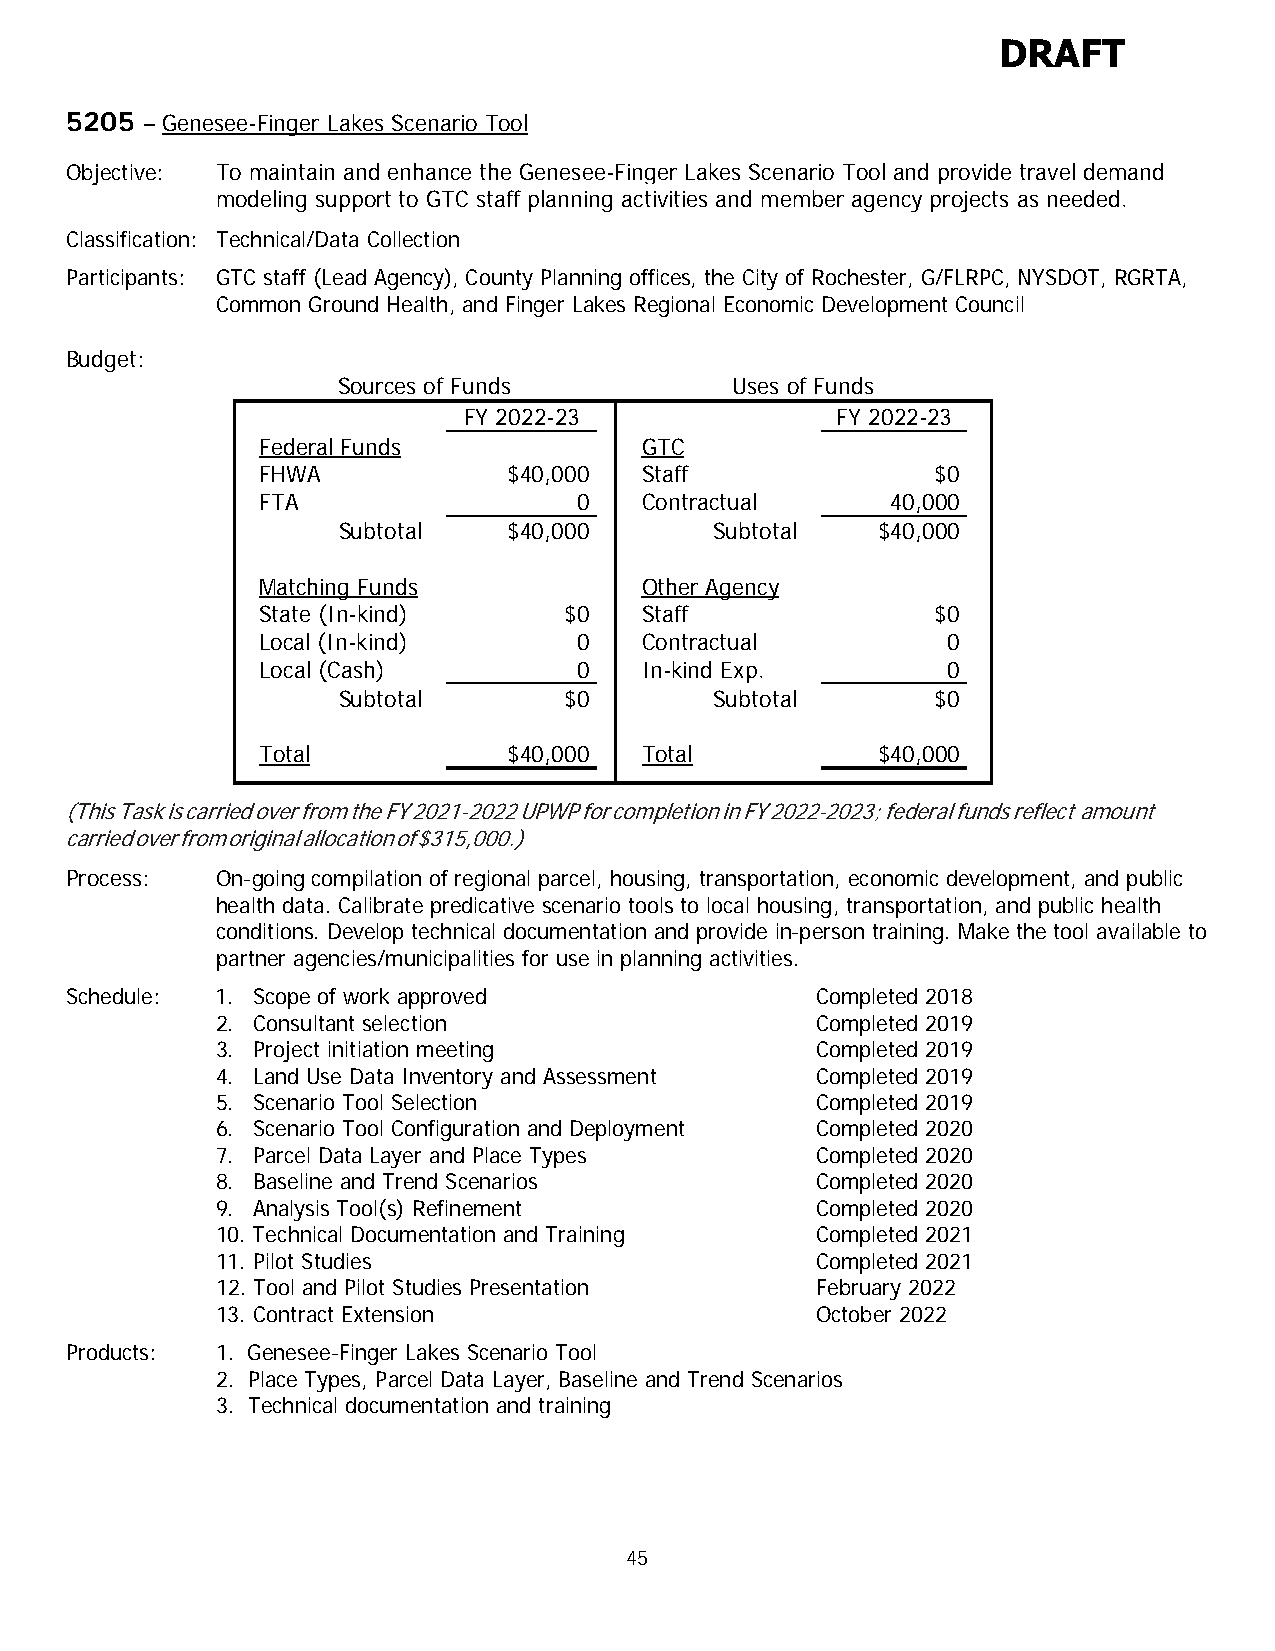
DRAFT
 5205 – Genesee-Finger Lakes Scenario Tool
 Objective: To maintain and enhance the Genesee-Finger Lakes Scenario Tool and provide travel demand
 modeling support to GTC staff planning activities and member agency projects as needed.
 Classification: Technical/Data Collection
 Participants: GTC staff (Lead Agency), County Planning offices, the City of Rochester, G/FLRPC, NYSDOT, RGRTA,
 Common Ground Health, and Finger Lakes Regional Economic Development Council
 Budget:
 Sources of Funds          Uses of Funds
 FY 2022-23              FY 2022-23
 Federal Funds            GTC
 FHWA             $40,000 Staff               $0
 FTA                  0   Contractual      40,000
 Subtotal    $40,000      Subtotal   $40,000
 Matching Funds           Other Agency
 State (In-kind)     $0   Staff               $0
 Local (In-kind)      0   Contractual          0
 Local (Cash)         0   In-kind Exp.         0
 Subtotal       $0        Subtotal       $0
 Total            $40,000 Total           $40,000
 (This Task is carried over from the FY 2021-2022 UPWP for completion in FY 2022-2023; federal funds reflect amount
 carried over from original allocation of $315,000.)
 Process:  On-going compilation of regional parcel, housing, transportation, economic development, and public
 health data. Calibrate predicative scenario tools to local housing, transportation, and public health
 conditions. Develop technical documentation and provide in-person training. Make the tool available to
 partner agencies/municipalities for use in planning activities.
 Schedule: 1. Scope of work approved               Completed 2018
 2. Consultant selection                 Completed 2019
 3. Project initiation meeting           Completed 2019
 4. Land Use Data Inventory and Assessment Completed 2019
 5. Scenario Tool Selection              Completed 2019
 6. Scenario Tool Configuration and Deployment Completed 2020
 7. Parcel Data Layer and Place Types    Completed 2020
 8. Baseline and Trend Scenarios         Completed 2020
 9. Analysis Tool(s) Refinement          Completed 2020
 10. Technical Documentation and Training Completed 2021
 11. Pilot Studies                       Completed 2021
 12. Tool and Pilot Studies Presentation February 2022
 13. Contract Extension                  October 2022
 Products: 1. Genesee-Finger Lakes Scenario Tool
 2. Place Types, Parcel Data Layer, Baseline and Trend Scenarios
 3. Technical documentation and training
 45